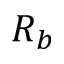
R _ { b }